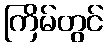
ကြိမ်တွင်